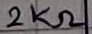
Text: 2KΩ